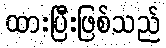
ထားပြီးဖြစ်သည်